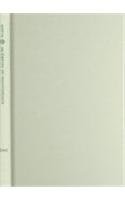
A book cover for An Empire of Indifference: American War and the Financial Logic of Risk Management (a Social Text book); Randy Martin; Politics & Social Sciences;